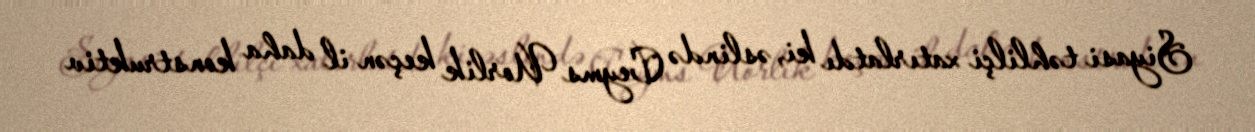
Siyasi təhlilçi xatırlatdı ki, əslində Ceyms Uorlik keçən il daha konstruktiv